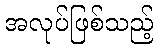
အလုပ်ဖြစ်သည့်